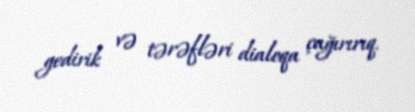
gedirik və tərəfləri dialoqa çağırırıq.